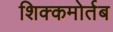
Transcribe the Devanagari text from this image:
शिक्कमोर्तब